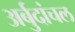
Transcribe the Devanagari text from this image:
अर्बुदांचल